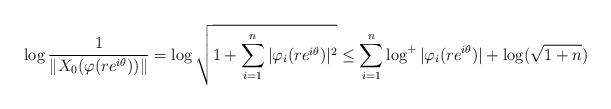
LaTeX: \begin{align*}\log \frac{1}{\|X_0(\varphi(re^{i\theta}))\|} = \log \sqrt{1 + \sum_{i=1}^n|\varphi_i(re^{i\theta})|^2} \le \sum_{i=1}^n\log^+|\varphi_i(re^{i\theta})| + \log(\sqrt{1+n})\end{align*}